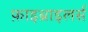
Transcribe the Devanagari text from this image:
फ़ाइब्राइलर्स